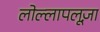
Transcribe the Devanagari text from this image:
लोल्लापलूज़ा